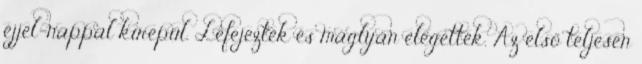
éjjel-nappal kirepül. Lefejezték és máglyán elégették. Az első teljesen